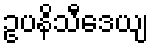
ဥပနိသီဒေယျ